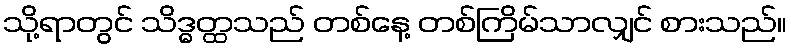
သို့ရာတွင် သိဒ္ဓတ္ထသည် တစ်နေ့ တစ်ကြိမ်သာလျှင် စားသည်။